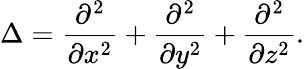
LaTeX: \Delta={\frac{\partial^{2}}{\partial x^{2}}}+{\frac{\partial^{2}}{\partial y^{2}}}+{\frac{\partial^{2}}{\partial z^{2}}}.